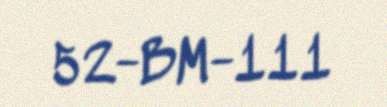
52-BM-111